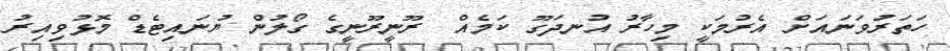
ހަތަރުވަނައަށް އެރުމަކީ މިހާރު އުނދަގޫ ކަމެއް  ރޫނީރޫނީގެ ގޯލުން ޔުނައިޓެޑް މޮޅުވިއިރު